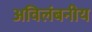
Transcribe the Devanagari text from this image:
अविलंबनीय